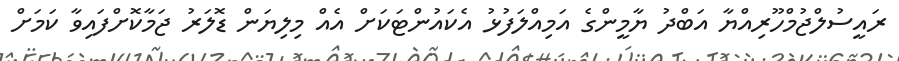
ރައީސުލްޖުމްހޫރިއްޔާ އަބްދު ޔާމީންގެ އަމިއްލަފުޅު އެކައުންޓަކަށް އެއް މިލިޔަން ޑޮލަރު ޖަމާކޮށްފައިވާ ކަމަށް